Indian journal of veterinary science and animal husbandry - Volumes 15-17, 1948-1951
Year: 1948
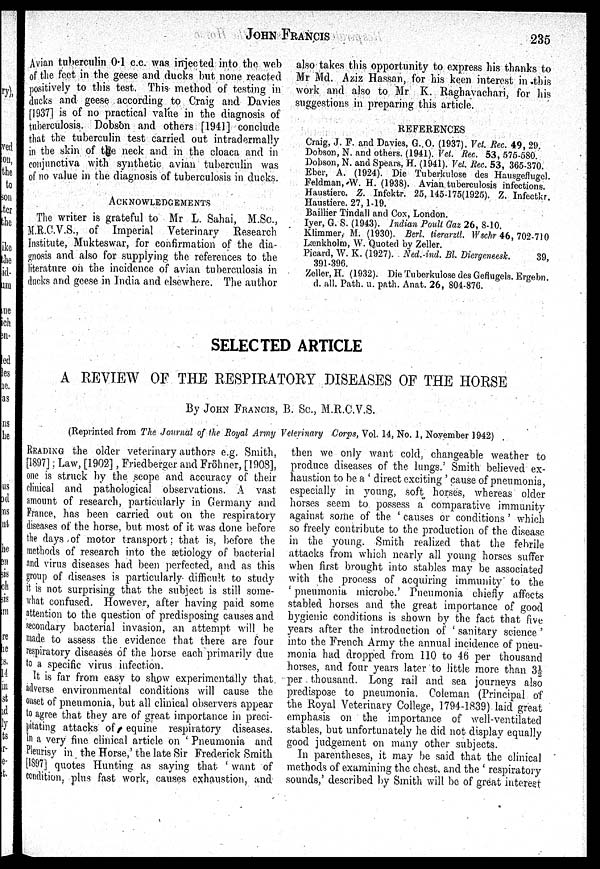
JOHN
FFRANCIS
235
Avian tuberculin 0.1 c.c. was injected into the web
of the feet in the geese and ducks but none reacted
positively to this test. This method of testing in
ducks and geese according to Craig and Davies
[1937] is of no practical value in the diagnosis of
tuberculosis. Dobson and others [1941] conclude
that the tuberculin test carried out intradermally
in the skin of the neck and in the cloaca and in
conjunctiva with synthetic avian tuberculin was
of no value in the diagnosis of tuberculosis in ducks.
ACKNOWLEDGEMENT
The writer is grateful to Mr L. Sahai, M.Sc.,
M.R.C.V.S., of Imperial Veterinary Research
Institute, Mukteswar, for confirmation of the dia-
gnosis and also for supplying the references to the
literature on the incidence of avian tuberculosis in
ducks and geese in India and elsewhere. The author
also takes this opportunity to express his thanks to
Mr Md. Aziz Hassan, for his keen interest in this
work and also to Mr K. Raghavachari, for his
suggestions in preparing this article.
REFERENCES
Craig, J. F. and Davies, G.O. (1937). Vet. Rec. 49, 29.
Dobson, N. and others. (1941). Vet. Rec. 53, 575-580.
Dobson, N. and Spears, H. (1941). Vel. Rec. 53, 365-370.
Eber, A. (1924). Die Tuberkulose des Hausgeflugel.
Feldman, W. H. (1938). Avian tuberculosis infections.
Haustiere. Z. Infektr. 25, 145-175(1925). Z. Infectkr.
Haustiere. 27, 1-19.
Baillier Tindall and Cox, London.
Iyer, G. S. (1943). Indian Poull Gaz 26, 8-10.
Klimmer, M. (1930). Berl. tierarztl, Wschr 46, 702-710
Lænkholni, W. Quoted by Zeller.
Picard, W. K. (1927). Ned.-ind. Bl. Diergeneesk. 39,
391-396.
Zeller, H. (1932). Die Tuberkulose des Geflugels. Ergebn.
d. all. Path. u. path. Anat. 26, 804-876.
SELECTED ARTICLE
A REVIEW OF THE RESPIRATORY DISEASES OF THE HORSE
By JOHN FRANCIS, B. Sc., M.R.C.V.S.
(Reprinted from The Journal of the Royal Army Veterinary Corps, Vol. 14, No. 1, November 1942)
READING the older veterinary authors e.g. Smith,
[1897]; Law, [1902], Friedberger and Fröhner, [1908],
one is struck by the scope and accuracy of their
clinical and pathological observations. A vast
amount of research, particularly in Germany and
France, has been carried out on the respiratory
diseases of the horse, but most of it was done before
the days of motor transport; that is, before the
methods of research into the ætiology of bacterial
and virus diseases had been perfected, and as this
group of diseases is particularly difficult to study
it is not surprising that the subject is still some-
what confused. However, after having paid some
attention to the question of predisposing causes and
secondary bacterial invasion, an attempt will be
made to assess the evidence that there are four
respiratory diseases of the horse each primarily due
to a specific virus infection.
It is far from easy to show experimentally that,
adverse environmental conditions will cause the
onset of pneumonia, but all clinical observers appear
to agree that they are of great importance in preci-
pitating attacks of equine respiratory diseases.
In a very fine clinical article on ' Pneumonia and
Pleurisy in the Horse,' the late Sir Frederick Smith
[1897] quotes Hunting as saying that ' want of
condition, plus fast work, causes exhaustion, and
then we only want cold, changeable weather to
produce diseases of the lungs.' Smith believed ex-
haustion to be a ' direct exciting ' cause of pneumonia,
especially in young, soft horses, whereas older
horses seem to possess a comparative immunity
against some of the ' causes or conditions ' which
so freely contribute to the production of the disease
in the young. Smith realized that the febrile
attacks from which nearly all young horses suffer
when first brought into stables may be associated
with the process of acquiring immunity to the
' pneumonia microbe.' Pneumonia chiefly affects
stabled horses and the great importance of good
hygienic conditions is shown by the fact that five
years after the introduction of ' sanitary science '
into the French Army the annual incidence of pneu-
monia had dropped from 110 to 46 per thousand
horses, and four years later to little more than 3½
per thousand. Long rail and sea journeys also
predispose to pneumonia. Coleman (Principal of
the Royal Veterinary College, 1794-1839) laid great
emphasis on the importance of well-ventilated
stables, but unfortunately he did not display equally
good judgement on many other subjects.
In parentheses, it may be said that the clinical
methods of examining the chest and the ' respiratory
sounds,' described by Smith will be of great interest